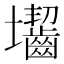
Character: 𡔐